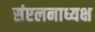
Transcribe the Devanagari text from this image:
संएलनाध्यक्ष